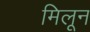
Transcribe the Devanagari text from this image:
मिलून